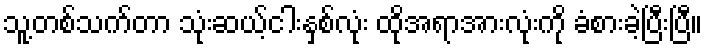
သူ့တစ်သက်တာ သုံးဆယ့်ငါးနှစ်လုံး ထိုအရာအားလုံးကို ခံစားခဲ့ပြီးပြီ။